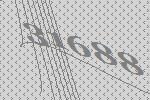
31688